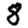
Digit: 8